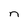
Character: n